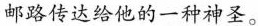
邮路传达给他的一种神圣。